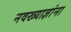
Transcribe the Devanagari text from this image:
नवख्याज्ञांना